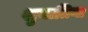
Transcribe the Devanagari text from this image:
शुयातिना